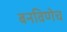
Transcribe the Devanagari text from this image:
बनविणेच